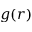
g ( r )